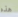
هذه